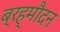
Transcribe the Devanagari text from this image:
ब्रह्मौदन